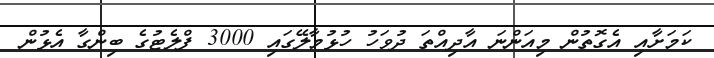
ކަމަށާއި އެގޮތުން މިއަންނަ އާދިއްތަ ދުވަހު ހުޅުމާލޭގައި 3000 ފްލެޓުގެ ބިންގާ އެޅުން